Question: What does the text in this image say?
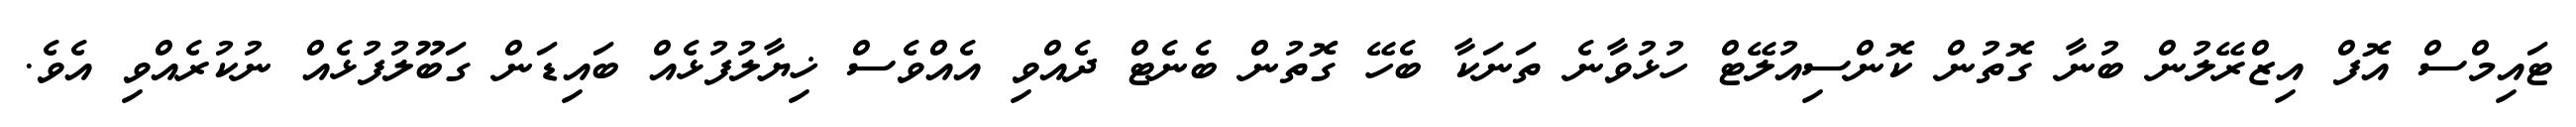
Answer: ޓައިމްސް އޮފް އިޒްރޭލުން ބުނާ ގޮތުން ކޮންސިއުލޭޓް ހުޅުވާނެ ތަނަކާ ބެހޭ ގޮތުން ބެނެޓް ދެއްވި އެއްވެސް ޚިޔާލުފުޅެއް ބައިޑަން ގަބޫލުފުޅެއް ނުކުރެއްވި އެވެ.